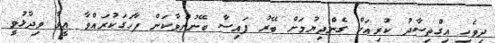
ދިވެހި އިގްތިސާދު ކުރިއަށް ގެންދިޔުމަށް ބޭރު ފައިސާ ބޭނުންވާކަން ފާހަގަކުރައްވާ އީވާ ވިދާޅުވީ